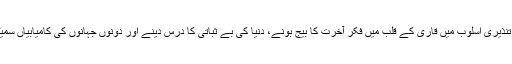
کتاب میں بڑے حکیمانہ اور َتنذِیری اُسلوب میں قاری کے قلب میں فکرِ آخرت کا بیج بونے، دنیا کی بے ثباتی کا درس دینے اور دونوں جہانوں کی کامیابیاں سمیٹنے کی ترغیب دی گئی ہے۔